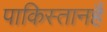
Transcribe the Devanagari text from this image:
पाकिस्तानहैं